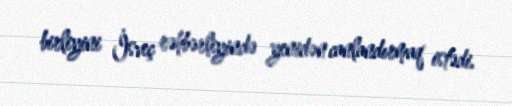
birliyini İsveç rəhbərliyində yenidən canlandırmaq istədi.